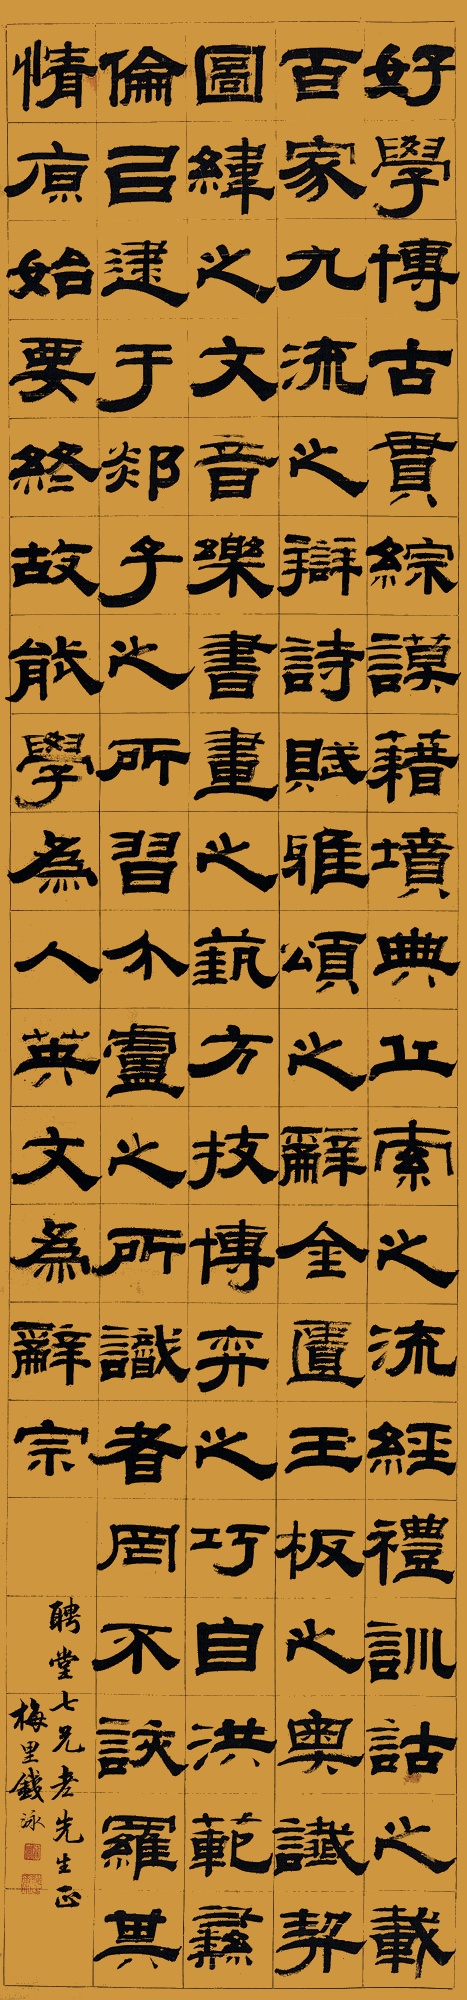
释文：好学博古，贯综谟籍，《坟典》、《丘索》之流，经礼训诂之载，百家九流之辩，诗赋雅颂之辞，金匮玉版之奥，谶契图纬之文，音乐书画之艺，方技博弈之巧，自洪范彝伦，以逮于郯子之所习，介庐之所识者，罔不该罗其情，原始要终。故能学为人英，文为辞宗。聘堂七兄老先生正。梅里钱泳。